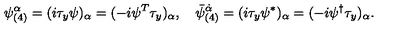
\psi _ { ( 4 ) } ^ { \alpha } = ( i \tau _ { y } \psi ) _ { \alpha } = ( - i \psi ^ { T } \tau _ { y } ) _ { \alpha } , \quad { \bar { \psi } } _ { ( 4 ) } ^ { \dot { \alpha } } = ( i \tau _ { y } \psi ^ { * } ) _ { \alpha } = ( - i \psi ^ { \dagger } \tau _ { y } ) _ { \alpha } .